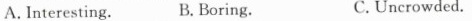
A. Interesting.B. Boring. C.Uncrowded.